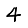
Digit: 4